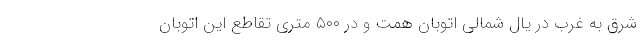
شرق به غرب در یال شمالی اتوبان همت و در ۵۰۰ متری تقاطع این اتوبان